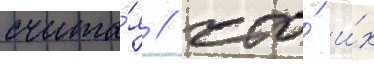
счита́я / что́ и́х